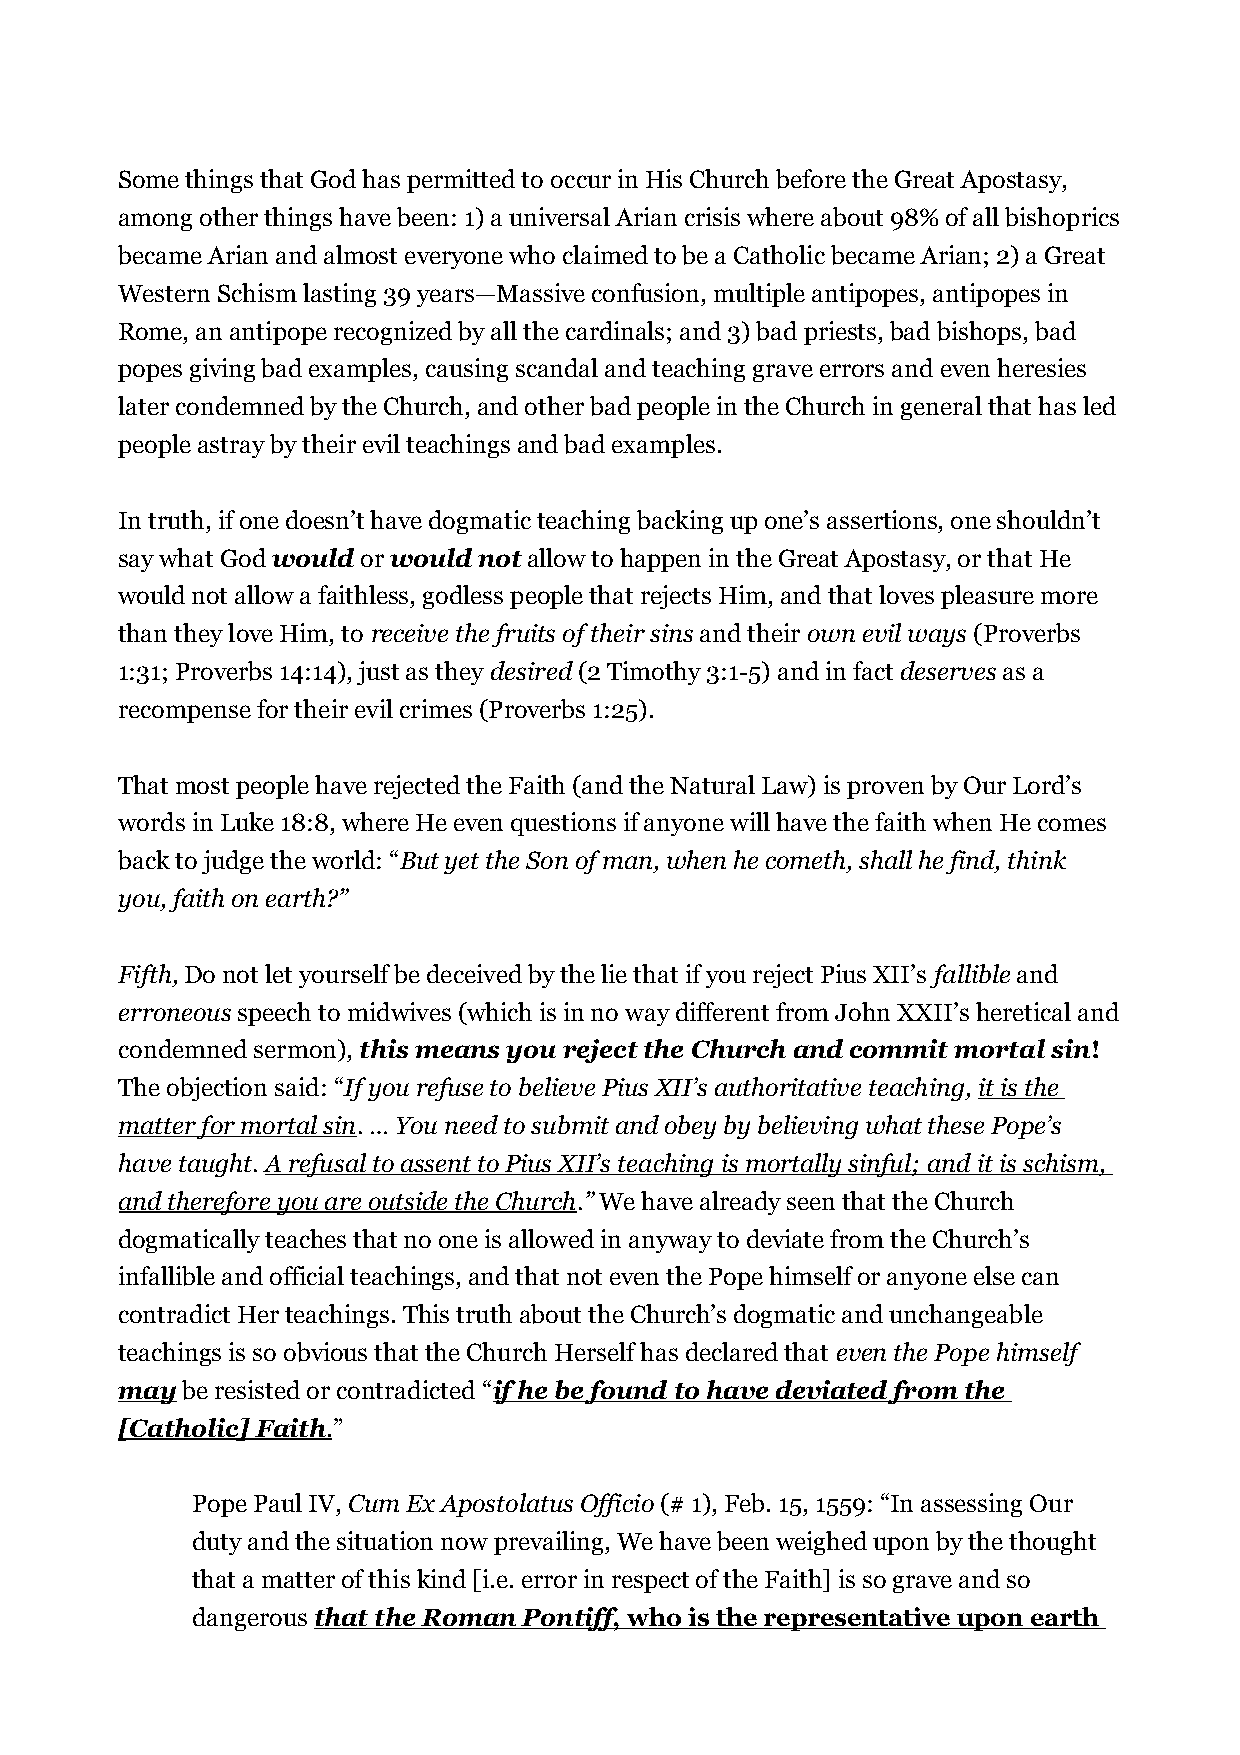
Some things that God has permitted to occur in His Church before the Great Apostasy,
 among other things have been: 1) a universal Arian crisis where about 98% of all bishoprics
 became Arian and almost everyone who claimed to be a Catholic became Arian; 2) a Great
 Western Schism lasting 39 years—Massive confusion, multiple antipopes, antipopes in
 Rome, an antipope recognized by all the cardinals; and 3) bad priests, bad bishops, bad
 popes giving bad examples, causing scandal and teaching grave errors and even heresies
 later condemned by the Church, and other bad people in the Church in general that has led
 people astray by their evil teachings and bad examples.
 In truth, if one doesn’t have dogmatic teaching backing up one’s assertions, one shouldn’t
 say what God would or would not allow to happen in the Great Apostasy, or that He
 would not allow a faithless, godless people that rejects Him, and that loves pleasure more
 than they love Him, to receive the fruits of their sins and their own evil ways (Proverbs
 1:31; Proverbs 14:14), just as they desired (2 Timothy 3:1-5) and in fact deserves as a
 recompense for their evil crimes (Proverbs 1:25).
 That most people have rejected the Faith (and the Natural Law) is proven by Our Lord’s
 words in Luke 18:8, where He even questions if anyone will have the faith when He comes
 back to judge the world: “But yet the Son of man, when he cometh, shall he find, think
 you, faith on earth?”
 Fifth, Do not let yourself be deceived by the lie that if you reject Pius XII’s fallible and
 erroneous speech to midwives (which is in no way different from John XXII’s heretical and
 condemned sermon), this means you reject the Church and commit mortal sin!
 The objection said: “If you refuse to believe Pius XII’s authoritative teaching, it is the
 matter for mortal sin. … You need to submit and obey by believing what these Pope’s
 have taught. A refusal to assent to Pius XII’s teaching is mortally sinful; and it is schism,
 and therefore you are outside the Church.” We have already seen that the Church
 dogmatically teaches that no one is allowed in anyway to deviate from the Church’s
 infallible and official teachings, and that not even the Pope himself or anyone else can
 contradict Her teachings. This truth about the Church’s dogmatic and unchangeable
 teachings is so obvious that the Church Herself has declared that even the Pope himself
 may be resisted or contradicted “if he be found to have deviated from the
 [Catholic] Faith . ”
 Pope Paul IV, Cum Ex Apostolatus Officio (# 1), Feb. 15, 1559: “In assessing Our
 duty and the situation now prevailing, We have been weighed upon by the thought
 that a matter of this kind [i.e. error in respect of the Faith] is so grave and so
 dangerous that the Roman Pontiff , who is the representative upon earth